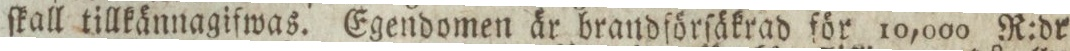
ſkall tillkännagifwas. Egendomen är brandförſäkrad för 10,000 R:dr